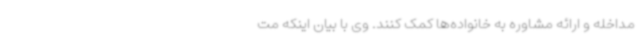
مداخله و ارائه مشاوره به خانواده‌ها کمک کنند. وی با بیان اینکه مت